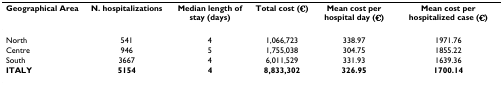
<table><thead><tr><td><b>Geographical Area</b></td><td><b>N. hospitalizations</b></td><td><b>Median length of stay (days)</b></td><td><b>Total cost (€)</b></td><td><b>Mean cost per hospital day (€)</b></td><td><b>Mean cost per hospitalized case (€)</b></td></tr></thead><tbody><tr><td>North</td><td>541</td><td>4</td><td>1,066,723</td><td>338.97</td><td>1971.76</td></tr><tr><td>Centre</td><td>946</td><td>5</td><td>1,755,038</td><td>304.75</td><td>1855.22</td></tr><tr><td>South</td><td>3667</td><td>4</td><td>6,011,529</td><td>331.93</td><td>1639.36</td></tr><tr><td><b>ITALY</b></td><td><b>5154</b></td><td><b>4</b></td><td><b>8,833,302</b></td><td><b>326.95</b></td><td><b>1700.14</b></td></tr></tbody></table>